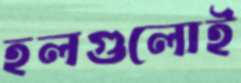
হলগুলোই